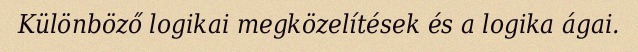
Különböző logikai megközelítések és a logika ágai.